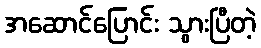
အဆောင်ပြောင်း သွားပြီတဲ့